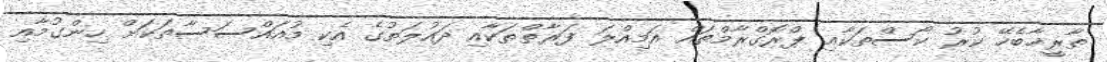
ތާރީޚާބެހޭ ކުރު ކޯސްތަކާއި ޕްރޮގްރާމްތައް އަމިއްލަ ފަރާތްތަކާއި ދައުލަތުގެ އެކި މުއައްސަސާތަކަށް ހިންގުމާއި